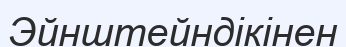
Эйнштейндікінен